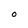
Character: O